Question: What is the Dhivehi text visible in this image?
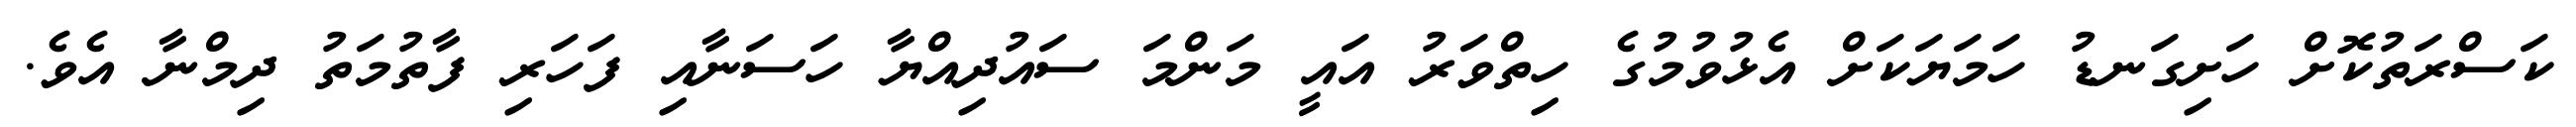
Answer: ކަސްރަތުކޮށް ހަށިގަނޑު ހަމަޔަކަށް އެޅުވުމުގެ ހިތްވަރު އައީ މަންމަ ސައުދިއްޔާ ހަސަނާއި ފަހަރި ފާތުމަތު ދިމްނާ އެވެ.